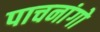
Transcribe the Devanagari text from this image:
पाचनांगो